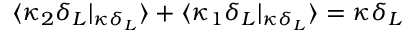
\langle \kappa _ { 2 } \delta _ { L } | _ { \kappa \delta _ { L } } \rangle + \langle \kappa _ { 1 } \delta _ { L } | _ { \kappa \delta _ { L } } \rangle = \kappa \delta _ { L }